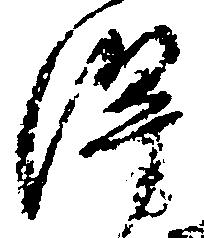
得